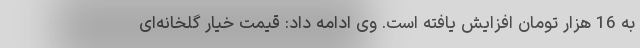
به 16 هزار تومان افزایش یافته است. وی ادامه داد: قیمت خیار گلخانه‌ای